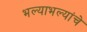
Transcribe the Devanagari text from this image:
भल्याभल्यांचे